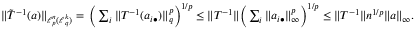
\begin{array} { r } { \| \tilde { T } ^ { - 1 } ( a ) \| _ { \ell _ { p } ^ { n } ( \ell _ { q } ^ { k } ) } = \, \Big ( \sum _ { i } \| T ^ { - 1 } ( a _ { i \bullet } ) \| _ { q } ^ { p } \Big ) ^ { 1 / p } \le \| T ^ { - 1 } \| \Big ( \sum _ { i } \| a _ { i \bullet } \| _ { \infty } ^ { p } \Big ) ^ { 1 / p } \le \| T ^ { - 1 } \| n ^ { 1 / p } \| a \| _ { \infty } . } \end{array}